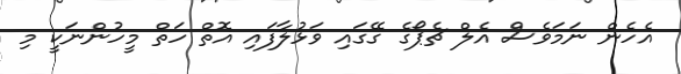
އެހެން ނަމަވެސް އެލް ޗެޕޯގެ ގޭގައި ވަޅުލާފައި އޮތް ހަތް މީހުންނަކީ މި